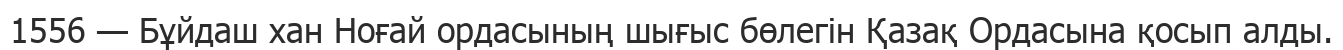
1556 — Бұйдаш хан Ноғай ордасының шығыс бөлегін Қазақ Ордасына қосып алды.